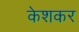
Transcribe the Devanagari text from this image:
केशकर